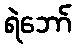
ရဲဘော်